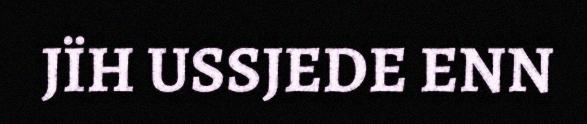
JÏH USSJEDE ENN